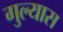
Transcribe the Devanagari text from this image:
गुल्यास